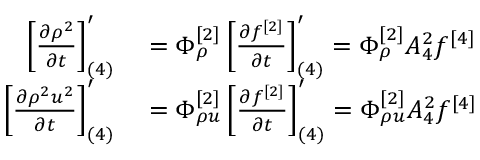
\begin{array} { r l } { \left[ \ensuremath { \frac { \partial \rho ^ { 2 } } { \partial t } } \right] _ { ( 4 ) } ^ { \prime } } & { { } = \Phi _ { \rho } ^ { [ 2 ] } \left[ \ensuremath { \frac { \partial f ^ { [ 2 ] } } { \partial t } } \right] _ { ( 4 ) } ^ { \prime } = \Phi _ { \rho } ^ { [ 2 ] } A _ { 4 } ^ { 2 } f ^ { [ 4 ] } } \\ { \left[ \ensuremath { \frac { \partial \rho ^ { 2 } u ^ { 2 } } { \partial t } } \right] _ { ( 4 ) } ^ { \prime } } & { { } = \Phi _ { \rho u } ^ { [ 2 ] } \left[ \ensuremath { \frac { \partial f ^ { [ 2 ] } } { \partial t } } \right] _ { ( 4 ) } ^ { \prime } = \Phi _ { \rho u } ^ { [ 2 ] } A _ { 4 } ^ { 2 } f ^ { [ 4 ] } } \end{array}